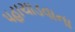
પહાચાડવાના